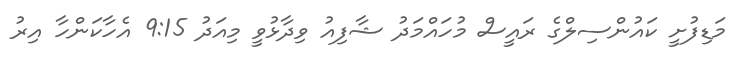
މަޑިފުށީ ކައުންސިލްގެ ރައީސް މުހައްމަދު ޝާފިއު ވިދާޅުވީ މިއަދު 9:15 އެހާކަންހާ އިރު